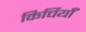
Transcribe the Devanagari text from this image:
किर्चियाँ